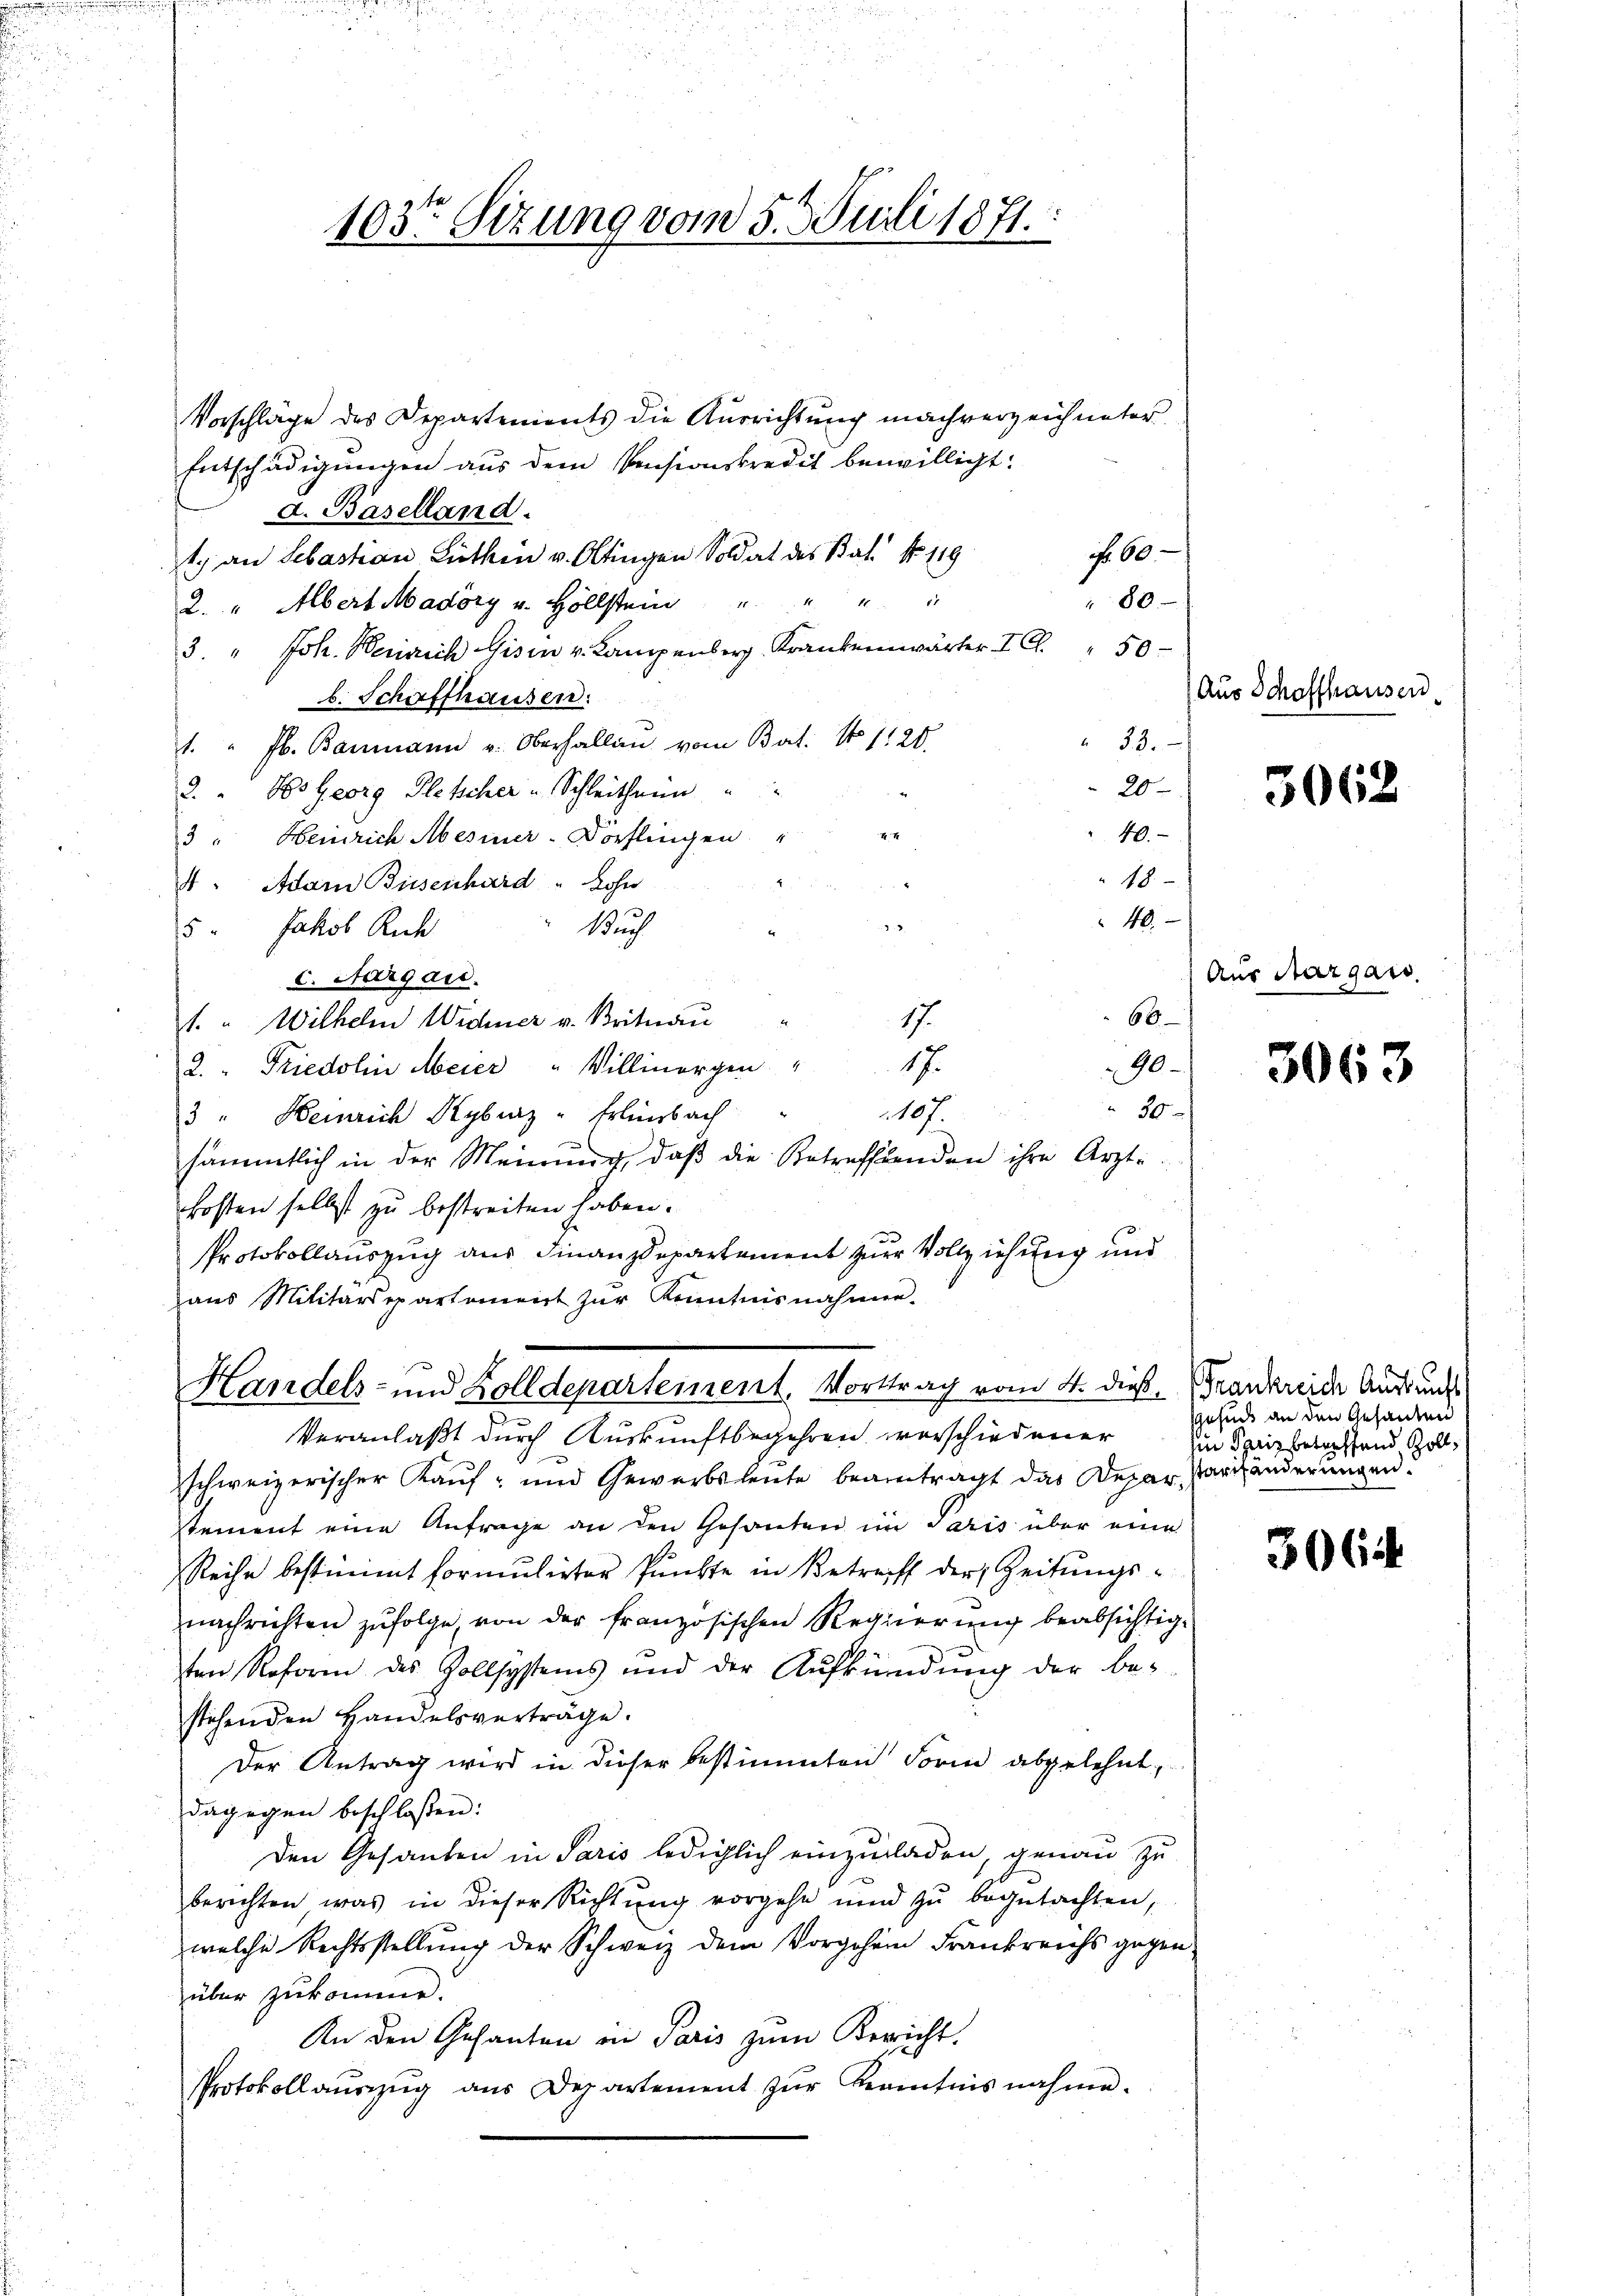
103te Sizung vom 5. Juli 1871.

Vorschläge des Departements die Ausrichtung machverzeichneter
Entschädigungen aus dem Pensionskredit bewilligt:
d. Baselland.
No. 60.
1) an Sebastian Lithin v. Oltingen Soldat des Bal No 118.
80
2. " Albert Madöry u. Höllstein " " " "
3. " Joh. Heinrich Gisin v. Kampenberg, Krankenwärter I. " 50
b. Schaffhausen.
" 33.
1. " Jb. Baumann u. Oberhallen vom Bat. No 1120.
20
2. " Hs. Georg Kletscher - Schleitheim
14
40.
3 " Heinrich Mesiner-Vorflingen
18
4. Adam Bussenhard " Lohn
40.

Buch
5. Jakob Ruch
c. Aargau.
66
17.
1. " Wilhelm Wicher v. Britnau
17.
90.
2. " Friedolin Meier " Willinorgen
50
107.
3 " Heinrich Rybuz - Erlenbach
sämmtlich in der Meinung, daß die Betreffenden ihre Ärzte.
kosten selbst zu bestreiten haben.
Protokollauszug aus Finanzdepartement zur Vollziehung und
aus Militärsepartement zŭr Kenntnisnahmen.

Handels- und Zolldepartement. Vorttrag vom 4. dieß, Krankreide Ausdruck

Veranlaßt durch Auskunftbegehren vorschiedener Hande an den Gesandten
schweizerischer Kauf- und Gewerbsleute beantragt das Depararzänderungen.
stement eine Anfrage an den Gesanten im Paris über eine
Reihe bestimmt formulirter Punkte in Betreff der Zeitungs-
nachrichten zufolge von der französischen Regierung beabsichtigten Reform des Zollsystems und der Aufkündŭng der be-
stehenden Handelsverträge.
Der Antrag wird in dieser bestimmten Form abgelehnt,
dagegen beschlossen:
Den Gesanten in Paris lediglich einzuladen, genau zu
berichten, was in dieser Richtung vorgehe und zu begutachten,
welche Rechtsstellung der Schweiz dem Vorgehen Frankreichs gegen
über zukomme.
An den Gesanten in Paris zum Bericht.
Protokoll aŭszŭg ans Departement zŭr Kenntnisnahme.

Aus Schaffhausen

3062

Aus Aargau.

3063

in Paris betreffend Zoll¬

306